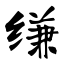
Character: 缣